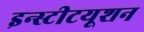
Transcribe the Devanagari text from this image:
इन्स्टीटयूशन